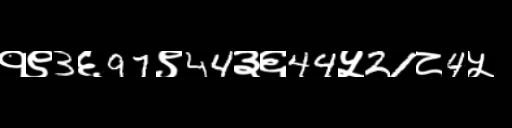
Text: १९3६97९44३६44५21८4५